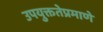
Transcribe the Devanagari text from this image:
उपयुक्ततेप्रमाणे